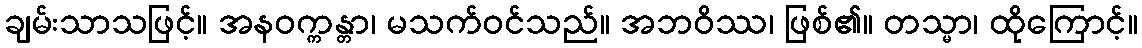
ချမ်းသာသဖြင့်။ အနဝက္ကန္တာ၊ မသက်ဝင်သည်။ အဘဝိဿ၊ ဖြစ်၏။ တသ္မာ၊ ထိုကြောင့်။